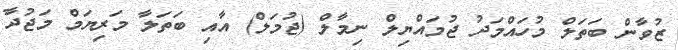
ޒުވާން ބަތަލް މުހައްމަދު ޖުމައްޔިލް ނިމާލް (ޖުމަލް) އާއި ބަތަލާ މަރިޔަމް މަޖުދާ